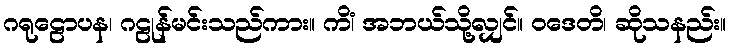
ဂရုဠောပန၊ ဂဠုန်မင်းသည်ကား။ ကိံ၊ အဘယ်သို့လျှင်။ ဝဒေတိ၊ ဆိုသနည်း။